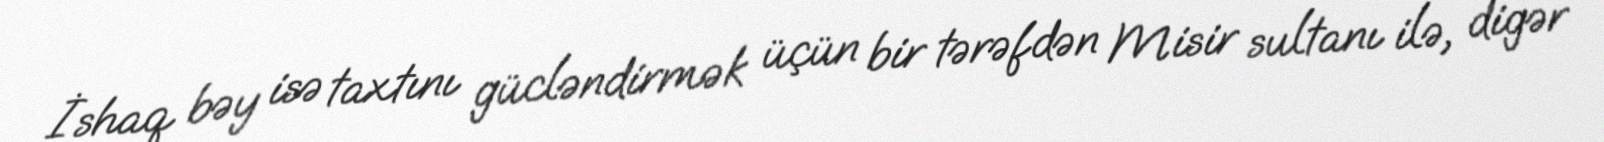
İshaq bəy isə taxtını gücləndirmək üçün bir tərəfdən Misir sultanı ilə, digər